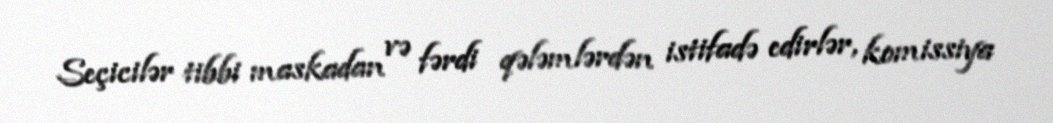
Seçicilər tibbi maskadan və fərdi qələmlərdən istifadə edirlər, komissiya